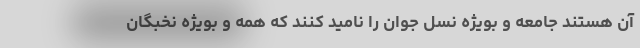
آن هستند جامعه و بویژه نسل جوان را نامید کنند که همه و بویژه نخبگان